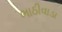
ભાઠીવાડા